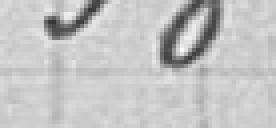
3 867,17